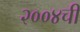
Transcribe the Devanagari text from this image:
२००४ची